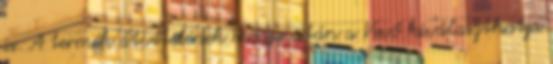
is. A termék átvételének módja után a Vevő kiválaszthatja